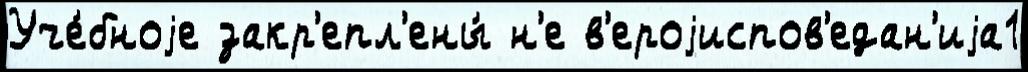
Уче́бноjе закр'епл'ены́ н'е в'ероjиспов'едан'иjа1